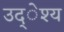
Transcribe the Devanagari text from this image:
उद्ेश्य